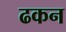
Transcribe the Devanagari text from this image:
ढकन